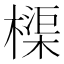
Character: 𬄨